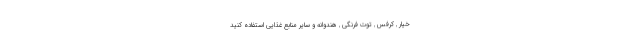
خیار , کرفس , توت فرنگی , هندوانه و سایر منابع غذایی استفاده کنید